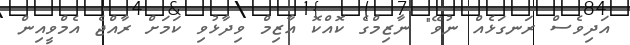
އަދިވެސް ރަނގަޅެއް ނުވޭ" ނާޒިމްގެ ކޮއްކޮ އާޒިމް ވިދާޅުވި ކަމަށް ރާއްޖެ އެމްވީއިން